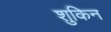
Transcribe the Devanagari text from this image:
शुकिन